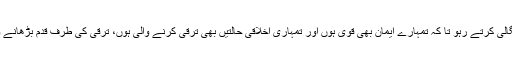
ان کی جگالی کرتے رہو تا کہ تمہارے ایمان بھی قوی ہوں اور تمہاری اخلاقی حالتیں بھی ترقی کرنے والی ہوں، ترقی کی طرف قدم بڑھانے والی ہوں۔